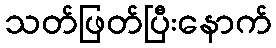
သတ်ဖြတ်ပြီးနောက်